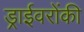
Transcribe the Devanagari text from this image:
ड्राईवरोंकी